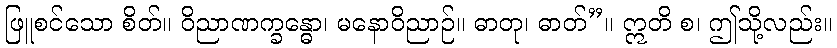
ဖြူစင်သော စိတ်။ ဝိညာဏက္ခန္ဓော၊ မနောဝိညာဉ်။ ဓာတု၊ ဓာတ်”။ ဣတိ စ၊ ဤသို့လည်း။